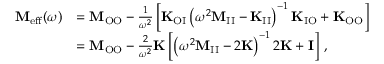
\begin{array} { r l } { \mathbf { M } _ { \mathrm { e f f } } ( \omega ) } & { = \mathbf { M } _ { \mathrm { O O } } - \frac { 1 } { \omega ^ { 2 } } \left[ \mathbf { K } _ { \mathrm { O I } } \left( \omega ^ { 2 } \mathbf { M } _ { \mathrm { I I } } - \mathbf { K } _ { \mathrm { I I } } \right) ^ { - 1 } \mathbf { K } _ { \mathrm { I O } } + \mathbf { K } _ { \mathrm { O O } } \right] } \\ & { = \mathbf { M } _ { \mathrm { O O } } - \frac { 2 } { \omega ^ { 2 } } \mathbf { K } \left[ \left( \omega ^ { 2 } \mathbf { M } _ { \mathrm { I I } } - 2 \mathbf { K } \right) ^ { - 1 } 2 \mathbf { K } + \mathbf { I } \right] \, , } \end{array}